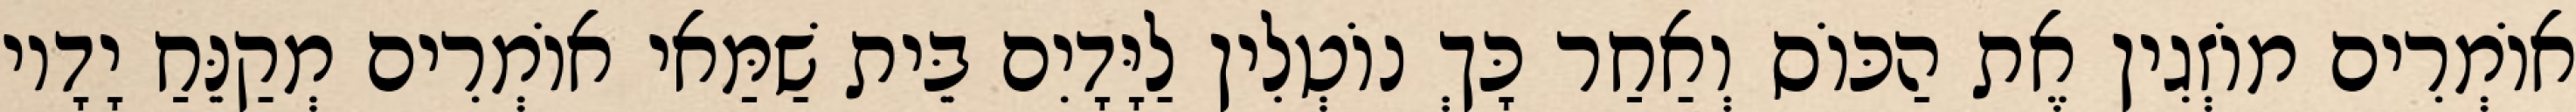
אוֹמְרִים מוֹזְגִין אֶת הַכּוֹס וְאַחַר כָּךְ נוֹטְלִין לַיָּדָיִם בֵּית שַׁמַּאי אוֹמְרִים מְקַנֵּחַ יָדָיו